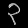
Digit: ၃